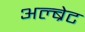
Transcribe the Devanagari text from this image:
अल्ब्रेट